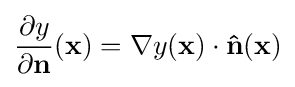
{\frac {\partial y}{\partial \mathbf {n} }}(\mathbf {x} )=\nabla y(\mathbf {x} )\cdot \mathbf {\hat {n}} (\mathbf {x} )